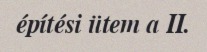
építési ütem a II.